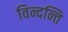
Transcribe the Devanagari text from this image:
विन्दन्ति